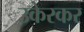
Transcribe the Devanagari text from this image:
उकेरकर